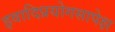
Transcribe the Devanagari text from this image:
इवादिप्रयोगसापेक्ष